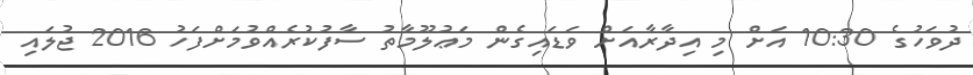
ދުވަހުގެ 10:30 އަށް މި އިދާރާއަށް ވަޑައިގެން މަޢުލޫމާތު ސާފުކުރެއްވުމަށްފަހު 2016 ޖުލައި